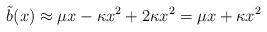
LaTeX: \begin{align*}\tilde b(x) \approx \mu x-\kappa x^2 + 2\kappa x^2 = \mu x+\kappa x^2\end{align*}